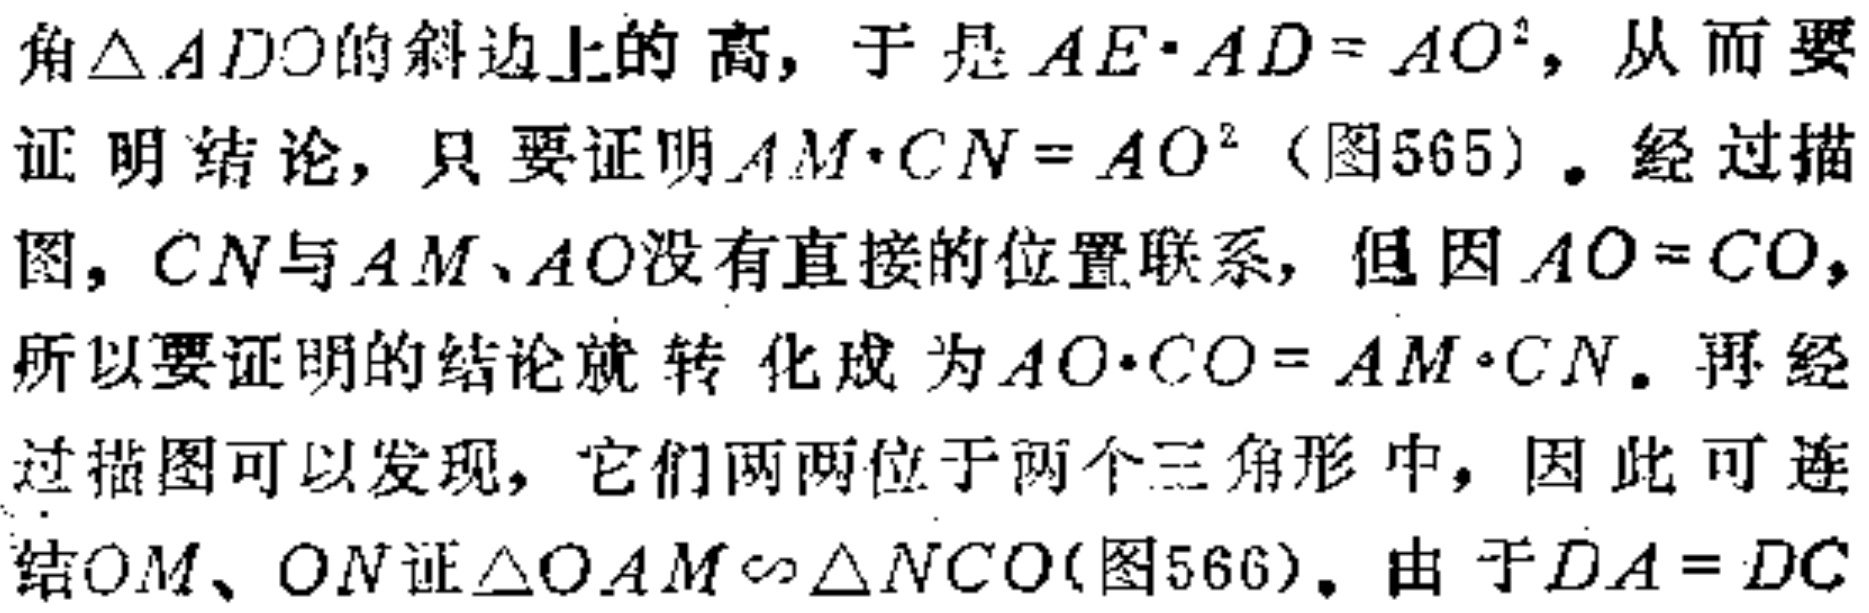
角$\triangle ADO$的斜边上的高, 于是$AE\cdot AD = AO^{2}$, 从而要证明结论, 只要证明$AM\cdot CN = AO^{2}$（图565）。经过描图, $CN$与$AM$、$AO$没有直接的位置联系, 但因$AO = CO$, 所以要证明的结论就转化成为$AO\cdot CO = AM\cdot CN$。再经过描图可以发现, 它们两两位于两个三角形中, 因此可连结$OM$、$ON$证$\triangle OAM\sim\triangle NCO$(图566)。由于$DA = DC$